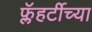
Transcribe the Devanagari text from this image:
फ्लॅहर्टीच्या